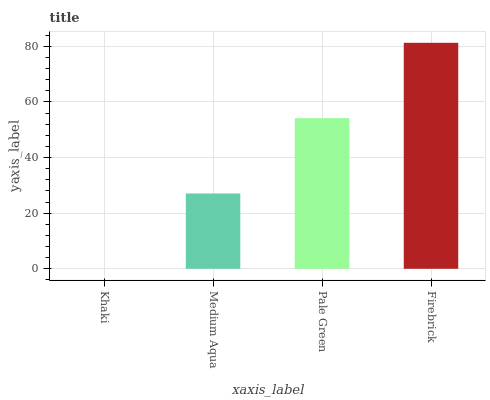
| xaxis_label | bars |
 | --- | --- |
 | Khaki | 0 |
 | Medium Aqua | 27.1 |
 | Pale Green | 54.2 |
 | Firebrick | 81.2 |